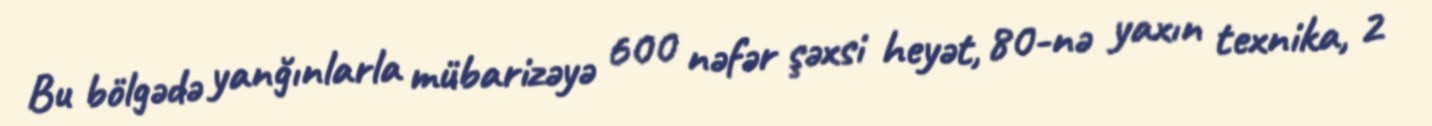
Bu bölgədə yanğınlarla mübarizəyə 600 nəfər şəxsi heyət, 80-nə yaxın texnika, 2